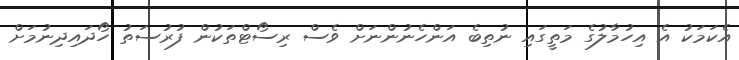
އެކަަމަކު އެ އިހުމާލުގެ މަތީގައި ނުތިބެ އަންހެނުންނަށް ވެސް ރިސޯޓްތަކުން ފުރުސަތު ހޯދައިދިނުމަށް